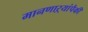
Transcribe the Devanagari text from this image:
मानणाऱ्यांपैकी